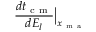
\frac { d t _ { \mathrm { ~ c ~ m ~ } } } { d E _ { l } } \Big | _ { x _ { \mathrm { ~ m ~ a ~ } } }